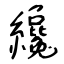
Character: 纔